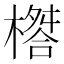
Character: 𣛇